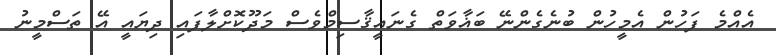
އެއްމެ ފަހުން އެމީހުން ބުނެގެންނޭ ބަޣާވަތް ގެނައީޤާސިމްވެސް މަދޫކޮށްލާފައި ދިޔައީ އޭ ތަސްމީނު